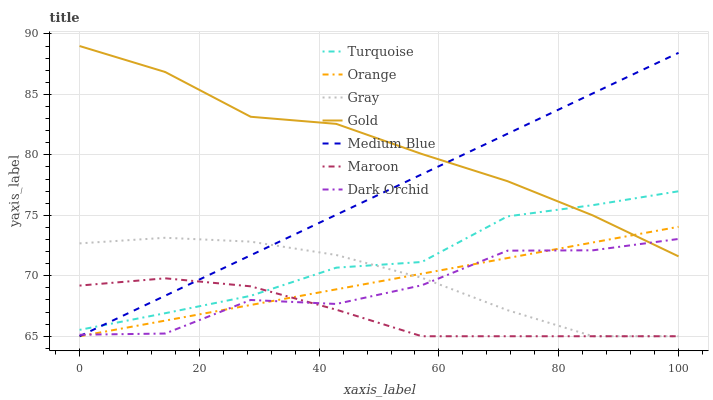
| xaxis_label | Turquoise | Orange | Gray | Gold | Medium Blue | Maroon | Dark Orchid |
 | --- | --- | --- | --- | --- | --- | --- | --- |
 | 0 | 65.5 | 65 | 72.7 | 89 | 65 | 69.2 | 65.1 |
 | 14.3 | 66.9 | 66.3 | 73.1 | 86.9 | 68.3 | 69.8 | 65.2 |
 | 28.6 | 68.3 | 67.6 | 72.8 | 83.1 | 71.7 | 69.1 | 68 |
 | 42.9 | 70.7 | 68.9 | 71.7 | 82.6 | 75 | 67.2 | 67.7 |
 | 57.1 | 71.1 | 70.2 | 69.8 | 80.1 | 78.4 | 65 | 69.2 |
 | 71.4 | 74.9 | 71.5 | 67.2 | 77.8 | 81.7 | 65 | 72.1 |
 | 85.7 | 75.8 | 72.8 | 65 | 75 | 85.1 | 65 | 72.1 |
 | 100 | 77 | 74 | 65 | 71.6 | 88.4 | 65 | 73 |